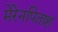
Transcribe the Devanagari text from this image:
मेरेनपिताह